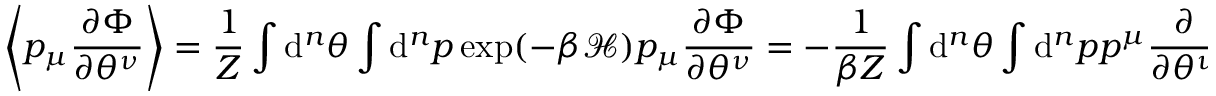
\left\langle p _ { \mu } \frac { \partial \Phi } { \partial \theta ^ { \nu } } \right\rangle = \frac { 1 } { Z } \int \mathrm { d } ^ { n } \theta \int \mathrm { d } ^ { n } p \: \exp ( - \beta \mathcal { H } ) \: p _ { \mu } \frac { \partial \Phi } { \partial \theta ^ { \nu } } = - \frac { 1 } { \beta Z } \int \mathrm { d } ^ { n } \theta \int \mathrm { d } ^ { n } p \: p ^ { \mu } \frac { \partial } { \partial \theta ^ { \nu } } \exp ( - \beta \mathcal { H } ) = \frac { 1 } { \beta Z } \int \mathrm { d } ^ { n } \theta \int \mathrm { d } ^ { n } p \: \frac { \partial p _ { \mu } } { \partial \theta ^ { \nu } } \: \exp ( - \beta \mathcal { H } ) = 0 ,